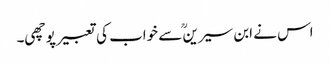
اس نے ابن سیرینؒ سے خواب کی تعبیر پوچھی۔